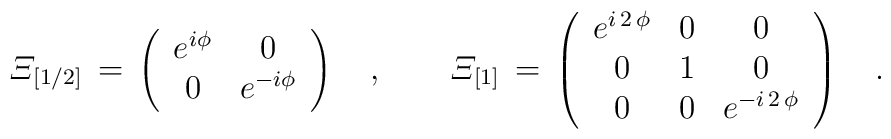
{\mit\Xi}_{[1/2]}\,=\,\left(\begin{array}{cc}e^{i\phi} & 0\\0 & e^{-i\phi}\end{array}\right)\quad,\qquad{\mit\Xi}_{[1]}\,=\,\left(\begin{array}{ccc}e^{i\,2\,\phi}&0 & 0\\0&1&0\\0 & 0 & e^{-i\,2\,\phi}\end{array}\right)\quad.